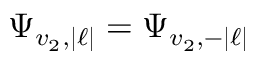
\Psi _ { v _ { 2 } , | \ell | } = \Psi _ { v _ { 2 } , - | \ell | }